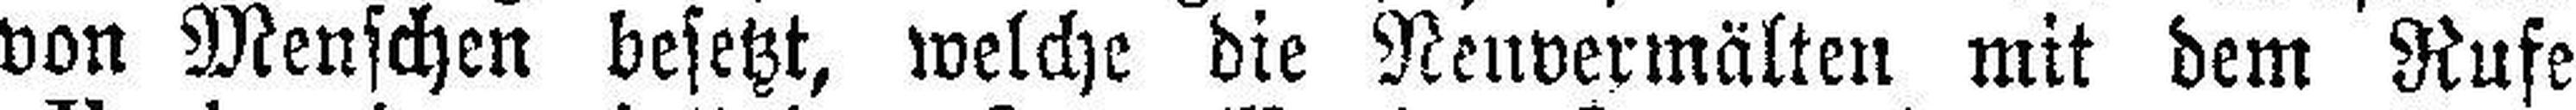
von Menschen besetzt, welche die Nenvermälten mit dem Rufe